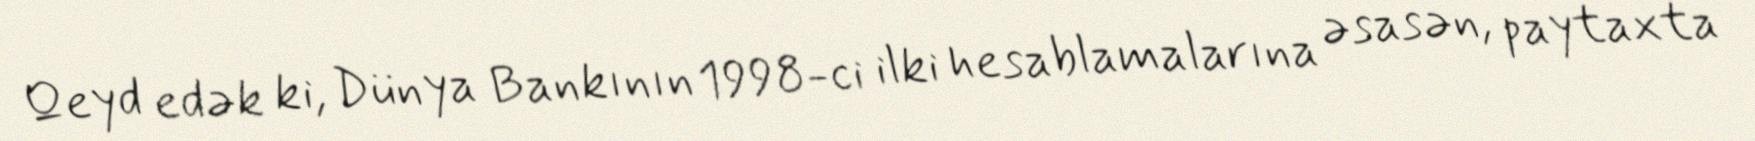
Qeyd edək ki, Dünya Bankının 1998-ci ilki hesablamalarına əsasən, paytaxta